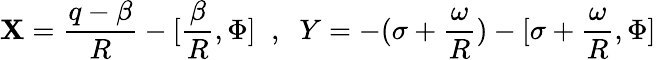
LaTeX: \mathbf{X}=\frac{{q-\beta}}{{R}}-[\frac{{\beta}}{{R}},\Phi]\; \; ,\; \; Y=-(\sigma+\frac{{\omega}}{{R}})-[\sigma+\frac{{\omega}}{{R}},\Phi]